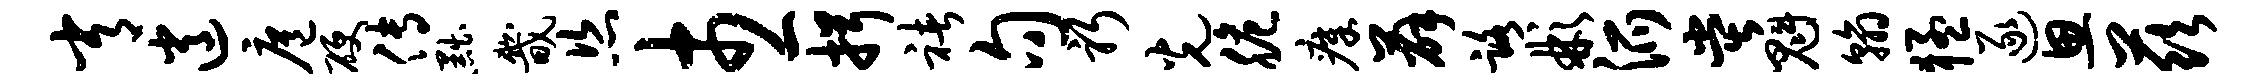
常逍扈硬传黜畿恣市一揖褚句躬光脆瘴薛路彬派堂魁翰猛逐思兹